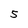
Character: 5